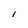
Character: 1